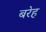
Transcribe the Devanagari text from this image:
बरेह